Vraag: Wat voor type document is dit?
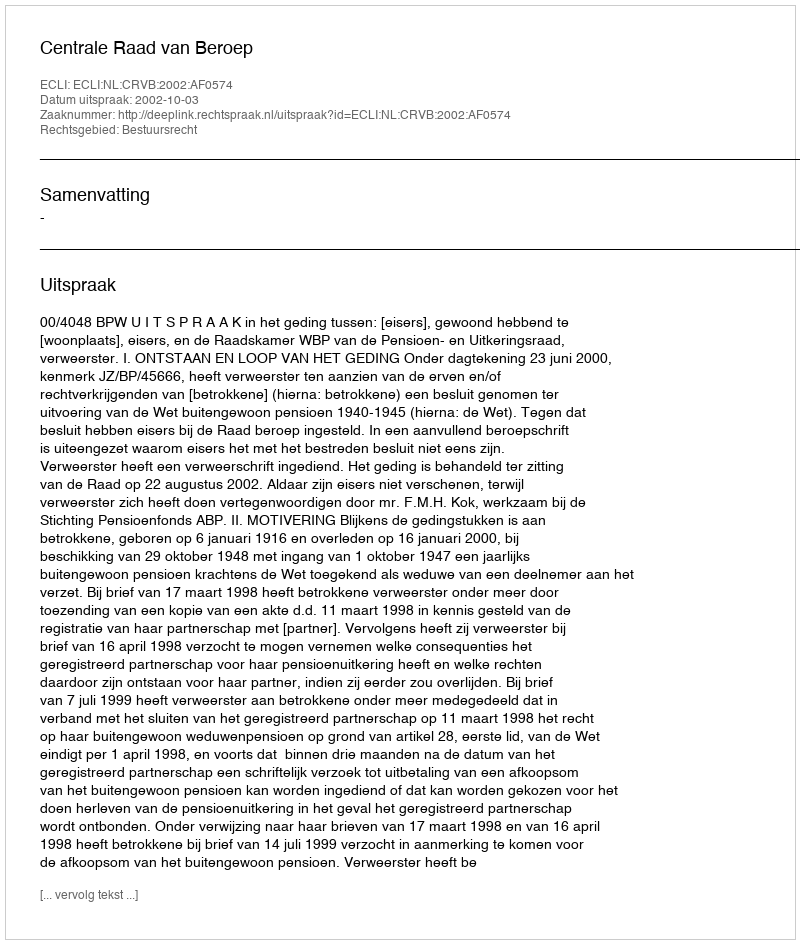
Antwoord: Uitspraak